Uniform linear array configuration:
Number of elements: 24
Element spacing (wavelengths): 0.75
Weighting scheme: kaiser
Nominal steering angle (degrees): -15
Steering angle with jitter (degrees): -13.866
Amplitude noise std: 0.05
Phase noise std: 0.05

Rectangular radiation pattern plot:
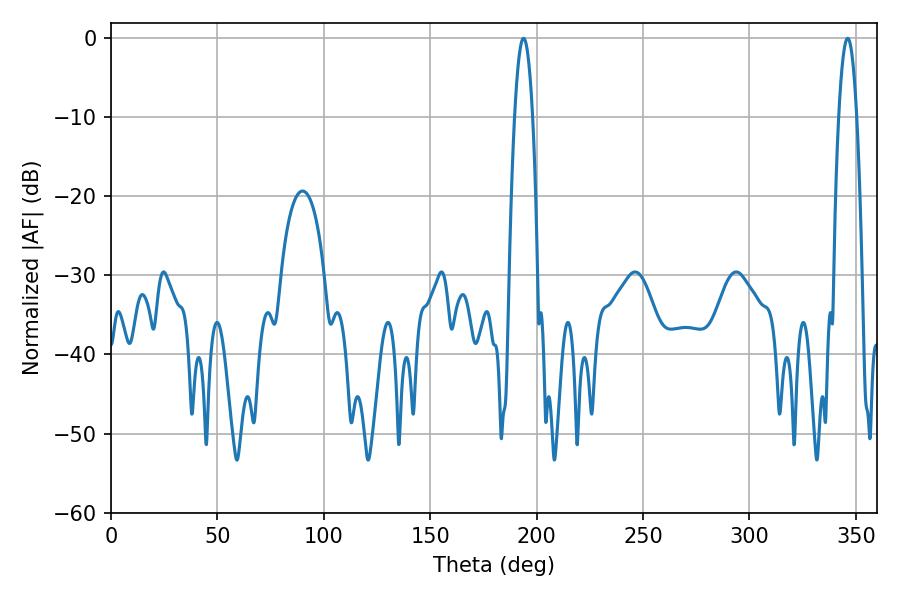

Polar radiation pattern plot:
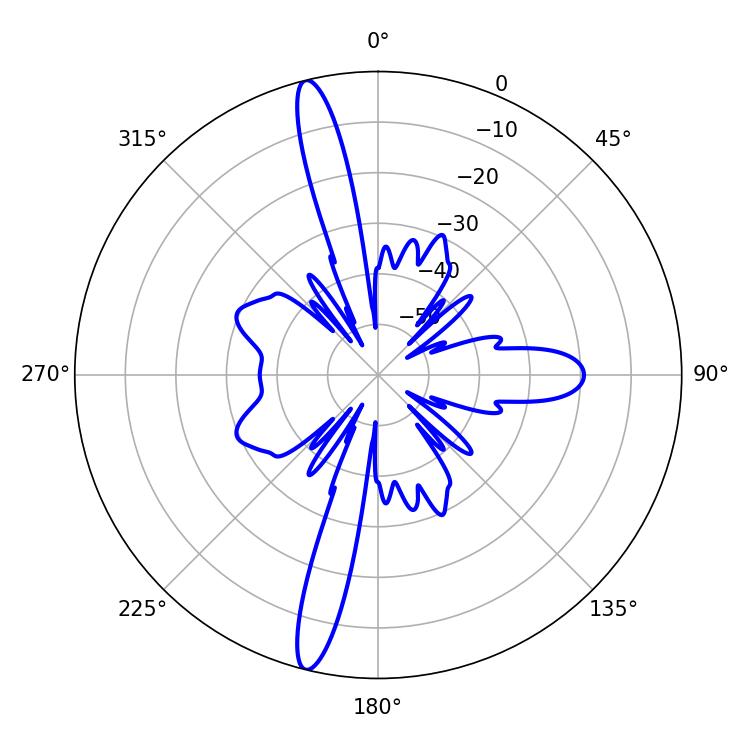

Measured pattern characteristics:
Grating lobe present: TRUE
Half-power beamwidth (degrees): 4.68
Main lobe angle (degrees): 193.86